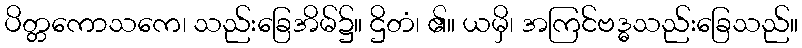
ပိတ္တကောသကေ၊ သည်းခြေအိမ်၌။ ဌိတံ၊ ၏။ ယမှိ၊ အကြင်ဗဒ္ဓသည်းခြေသည်။